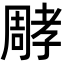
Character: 𡦝